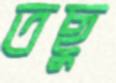
তছু